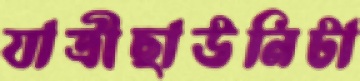
যাত্রীছাউনিটা